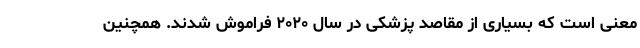
معنی است که بسیاری از مقاصد پزشکی در سال ۲۰۲۰ فراموش شدند. همچنین